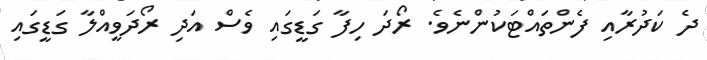
ދެ ކަދުރާއި ފެންތައްޓަކުންނެވެ. ރޯދަ ހިފާ ގަޑީގައި ވެސް އަދި ރޯދަވީއްލާ ގަޑީގައި